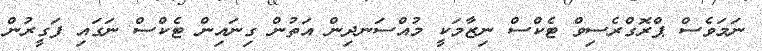
ނަމަވެސް ޕްރޮގްރެސިވް ޓެކްސް ނިޒާމަކީ މުއްސަނދިން އަތުން ގިނައިން ޓެކްސް ނަގައި ފަގީރުން